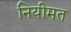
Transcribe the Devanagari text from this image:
नियीमत